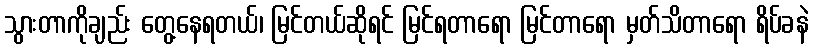
သွားတာကိုချည်း တွေ့နေရတယ်၊ မြင်တယ်ဆိုရင် မြင်ရတာရော မြင်တာရော မှတ်သိတာရော ရိပ်ခနဲ